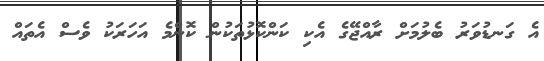
އެ ގަނޑުވަރު ބެލުމަށް ރާއްޖޭގެ އެކި ކަންކޮޅުތަކުން ކޮންމެ އަހަރަކު ވެސް އެތައް